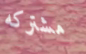
مشتركه